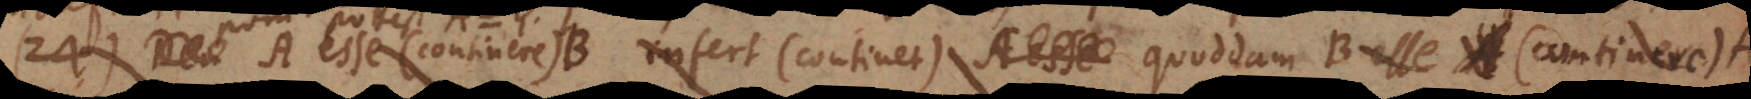
25) A esse B (A continere B) infert (continet) quoddam B esse (continere)